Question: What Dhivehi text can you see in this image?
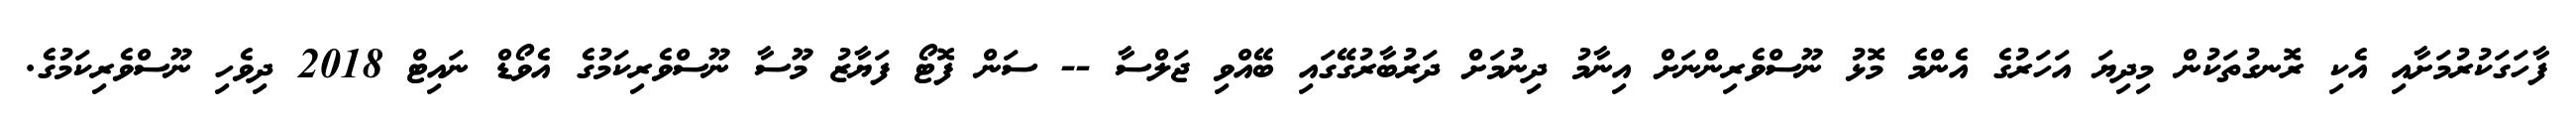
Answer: ފާހަގަކުރުމަށާއި އެކި ރޮނގުތަކުން މިދިޔަ އަހަރުގެ އެންމެ މޮޅު ނޫސްވެރިންނަށް އިނާމު ދިނުމަށް ދަރުބާރުގޭގައި ބޭއްވި ޖަލްސާ -- ސަން ފޮޓޯ ފަޔާޒު މޫސާ ނޫސްވެރިކަމުގެ އެވޯޑް ނައިޓް 2018 ދިވެހި ނޫސްވެރިކަމުގެ.